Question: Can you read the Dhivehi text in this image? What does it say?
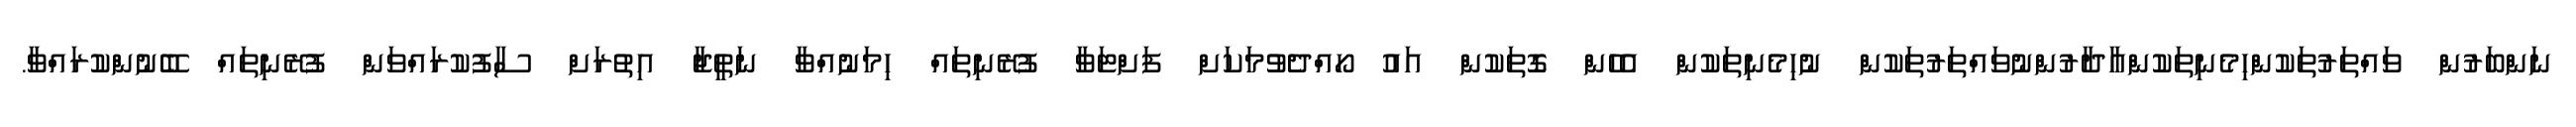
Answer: ނަންބަރުން ވައްތަރުތަކުންހިމެނިތަކުންއާދާރުންނުވައްތަރުތަކުން ނުހިމެނިތަކުން އެހެން ގޮތަކުން އައު ހޯއްދެވުމަކަށް ފަށްޓަވާ ފުރޭނިތައް ހިމަނުއްވާ ނަތީޖާ އިތުރަށް ސާފުކުރައްވަން ފުރޭނިތައް ބޭނުންކުރައްވާ.